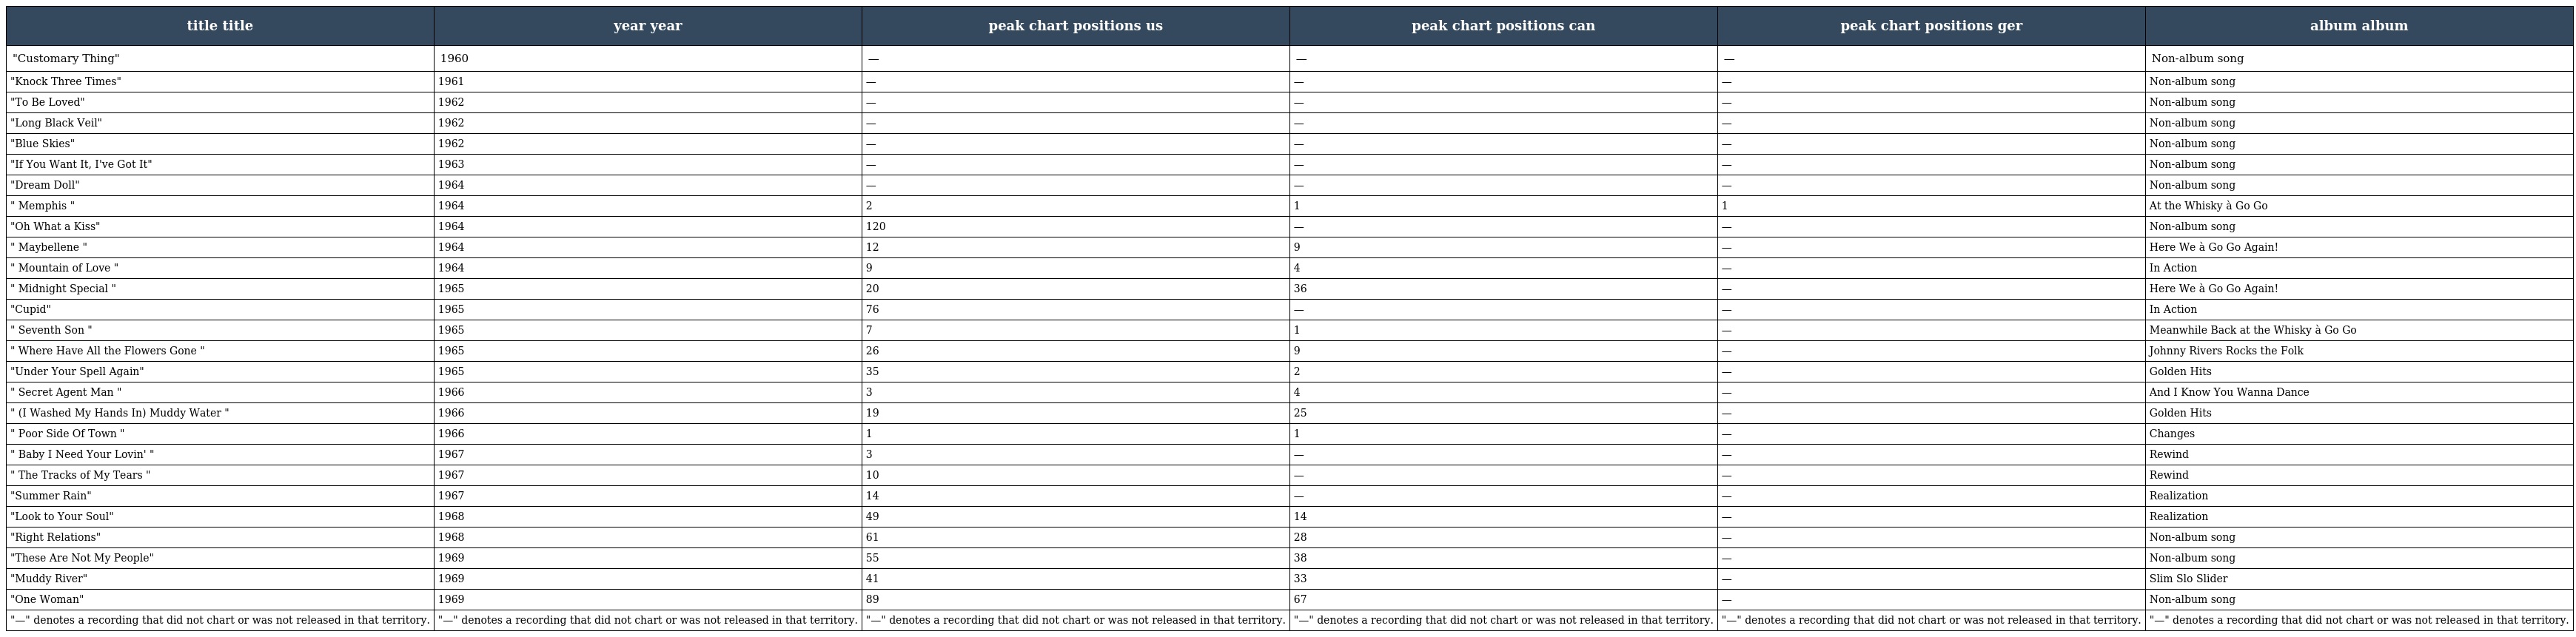
| title title | year year | peak chart positions us | peak chart positions can | peak chart positions ger | album album |
 | --- | --- | --- | --- | --- | --- |
 | "Customary Thing" | 1960 | — | — | — | Non-album song |
 | "Knock Three Times" | 1961 | — | — | — | Non-album song |
 | "To Be Loved" | 1962 | — | — | — | Non-album song |
 | "Long Black Veil" | 1962 | — | — | — | Non-album song |
 | "Blue Skies" | 1962 | — | — | — | Non-album song |
 | "If You Want It, I've Got It" | 1963 | — | — | — | Non-album song |
 | "Dream Doll" | 1964 | — | — | — | Non-album song |
 | " Memphis " | 1964 | 2 | 1 | 1 | At the Whisky à Go Go |
 | "Oh What a Kiss" | 1964 | 120 | — | — | Non-album song |
 | " Maybellene " | 1964 | 12 | 9 | — | Here We à Go Go Again! |
 | " Mountain of Love " | 1964 | 9 | 4 | — | In Action |
 | " Midnight Special " | 1965 | 20 | 36 | — | Here We à Go Go Again! |
 | "Cupid" | 1965 | 76 | — | — | In Action |
 | " Seventh Son " | 1965 | 7 | 1 | — | Meanwhile Back at the Whisky à Go Go |
 | " Where Have All the Flowers Gone " | 1965 | 26 | 9 | — | Johnny Rivers Rocks the Folk |
 | "Under Your Spell Again" | 1965 | 35 | 2 | — | Golden Hits |
 | " Secret Agent Man " | 1966 | 3 | 4 | — | And I Know You Wanna Dance |
 | " (I Washed My Hands In) Muddy Water " | 1966 | 19 | 25 | — | Golden Hits |
 | " Poor Side Of Town " | 1966 | 1 | 1 | — | Changes |
 | " Baby I Need Your Lovin' " | 1967 | 3 | — | — | Rewind |
 | " The Tracks of My Tears " | 1967 | 10 | — | — | Rewind |
 | "Summer Rain" | 1967 | 14 | — | — | Realization |
 | "Look to Your Soul" | 1968 | 49 | 14 | — | Realization |
 | "Right Relations" | 1968 | 61 | 28 | — | Non-album song |
 | "These Are Not My People" | 1969 | 55 | 38 | — | Non-album song |
 | "Muddy River" | 1969 | 41 | 33 | — | Slim Slo Slider |
 | "One Woman" | 1969 | 89 | 67 | — | Non-album song |
 | "—" denotes a recording that did not chart or was not released in that territory. | "—" denotes a recording that did not chart or was not released in that territory. | "—" denotes a recording that did not chart or was not released in that territory. | "—" denotes a recording that did not chart or was not released in that territory. | "—" denotes a recording that did not chart or was not released in that territory. | "—" denotes a recording that did not chart or was not released in that territory. |